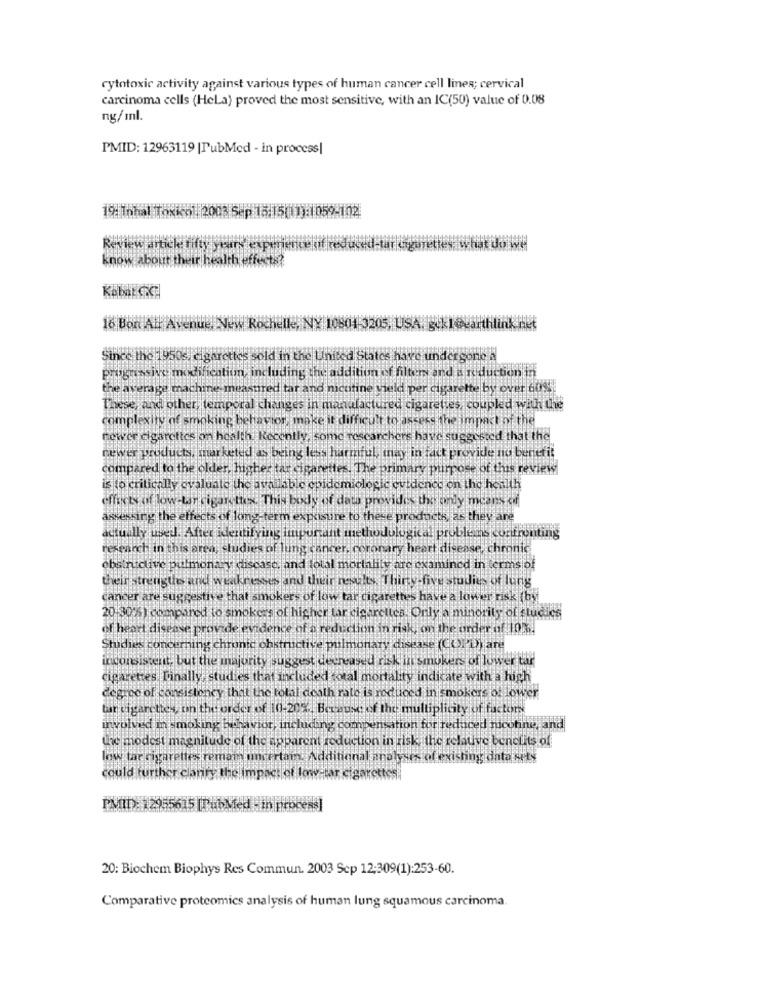
cytotoxic activity against various types of human cancer cell lines; cervical
carcinoma cells (HeLa) proved the most sensitive, with an IC(50) value of 0.08
ng/ml.
PMID: 12963119 |PubMed - in process|
19: Tohal Toxicol. 2003 Sep 15:15(11): 059-102
know about their health effects?
16 Bon Al Avenue. New Rochelle, NY 10801
3205, USA: S.ki Barthink het
Since the 1950s, cigarettes sold in the United States have undergone A
Progressive modification, including the addition of filters and a reduction in
the average machine measured tar and nicotine yield per cigarette by over 609%.
These, and other, temporal changes in manufactured cigarettes, coupled with the
complexity of smoking behavior, make it difficult to assess the impact of the
Fewer cigarettes on health. Recently, some researchers have suggested that the
cewer products, marketed as being less harmful, may in fact provide no benefit
compared to the older, higher tar cigarettes. The primary purpose of this review
is to critically evaluate the available epidemiologic evidence on the health
effects of low-bar cigarettes. This body of dath provide the only means
assessing the effects of long-term exposure to these products, as they are
actually used. After identifyuis important inethodulogical problems confronting
research in this area; studies of lung cancer, coronary heart disease, chronic
obstructive pulmonary disease, and total mortality are examined in terms of
their strengthe and weaknesses and their nests, Thirty five studies of lung
cancer are suggestive that smokers of low tar cigarettes have a lower risk (by
20:30%) compared to smoke s of higher tar cigarettes. Only a minority of fludics
of heart disease prov de evidence of a reduction in risk, on the order of 10%6.
Studies concerning chronic obstructive pulmonary disease (COPD) are
inconsistent, but the majority suggest decreased risk in smokers of lower tar
cigarettes Finally,studies that included total mortality indicate with a high
degree of consistency that the total death rate is reduced in smokers of lower
tur cigarettes, uin the order of 0.20%. Because of the multiplicity of factors.
involved in smoking behavior, including compensation for reduced nicotine, and
the modest magnitude of the apparent reduction in risk, the relative benefits of
low tar cigarettes remam uncertam. Additional analyses of existing data sety
could further clanry the impact of low-tar cigarettes.
PMID): 12955615 [PubMed - in process]
20: Biochem Biophys Res Commun. 2003 Sep 12:309(1):253-60.
Comparative proteomics analysis of human lung squamous carcinoma.